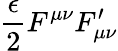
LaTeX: \frac{\epsilon}{2}F^{\mu\nu}F_{\mu\nu}^{\prime}